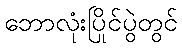
ဘောလုံးပြိုင်ပွဲတွင်